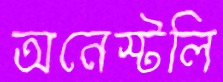
অনেস্টলি